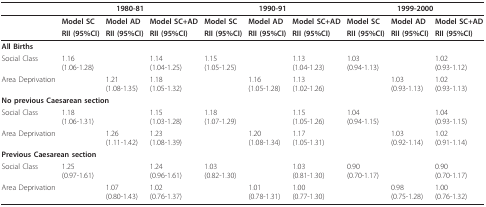
<table><thead><tr><td></td><td colspan="3"><b>1980-81</b></td><td colspan="3"><b>1990-91</b></td><td colspan="3"><b>1999-2000</b></td></tr></thead><tbody><tr><td></td><td><b>Model SC</b></td><td><b>Model AD</b></td><td><b>Model SC+AD</b></td><td><b>Model SC</b></td><td><b>Model AD</b></td><td><b>Model SC+AD</b></td><td><b>Model SC</b></td><td><b>Model AD</b></td><td><b>Model SC+AD</b></td></tr><tr><td></td><td><b>RII (95%CI)</b></td><td><b>RII (95%CI)</b></td><td><b>RII (95%CI)</b></td><td><b>RII (95%CI)</b></td><td><b>RII (95%CI)</b></td><td><b>RII (95%CI)</b></td><td><b>RII (95%CI)</b></td><td><b>RII (95%CI)</b></td><td><b>RII (95%CI)</b></td></tr><tr><td colspan="2"><b>All Births</b></td><td></td><td></td><td></td><td></td><td></td><td></td><td></td><td></td></tr><tr><td>Social Class</td><td>1.16 (1.06-1.28)</td><td></td><td>1.14 (1.04-1.25)</td><td>1.15 (1.05-1.25)</td><td></td><td>1.13 (1.04-1.23)</td><td>1.03 (0.94-1.13)</td><td></td><td>1.02 (0.93-1.12)</td></tr><tr><td>Area Deprivation</td><td></td><td>1.21 (1.08-1.35)</td><td>1.18 (1.05-1.32)</td><td></td><td>1.16 (1.05-1.28)</td><td>1.13 (1.02-1.26)</td><td></td><td>1.03 (0.93-1.13)</td><td>1.02 (0.93-1.13)</td></tr><tr><td colspan="4"><b>No previous Caesarean section</b></td><td></td><td></td><td></td><td></td><td></td><td></td></tr><tr><td>Social Class</td><td>1.18 (1.06-1.31)</td><td></td><td>1.15 (1.03-1.28)</td><td>1.18 (1.07-1.29)</td><td></td><td>1.15 (1.05-1.26)</td><td>1.04 (0.94-1.15)</td><td></td><td>1.04 (0.93-1.15)</td></tr><tr><td>Area Deprivation</td><td></td><td>1.26 (1.11-1.42)</td><td>1.23 (1.08-1.39)</td><td></td><td>1.20 (1.08-1.34)</td><td>1.17 (1.05-1.31)</td><td></td><td>1.03 (0.92-1.14)</td><td>1.02 (0.91-1.14)</td></tr><tr><td colspan="3"><b>Previous Caesarean section</b></td><td></td><td></td><td></td><td></td><td></td><td></td><td></td></tr><tr><td>Social Class</td><td>1.25 (0.97-1.61)</td><td></td><td>1.24 (0.96-1.61)</td><td>1.03 (0.82-1.30)</td><td></td><td>1.03 (0.81-1.30)</td><td>0.90 (0.70-1.17)</td><td></td><td>0.90 (0.70-1.17)</td></tr><tr><td>Area Deprivation</td><td></td><td>1.07 (0.80-1.43)</td><td>1.02 (0.76-1.37)</td><td></td><td>1.01 (0.78-1.31)</td><td>1.00 (0.77-1.30)</td><td></td><td>0.98 (0.75-1.28)</td><td>1.00 (0.76-1.32)</td></tr></tbody></table>